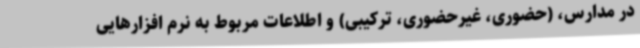
در مدارس، (حضوری، غیرحضوری، ترکیبی) و اطلاعات مربوط به نرم افزارهایی